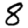
Digit: 8